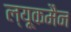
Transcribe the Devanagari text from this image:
ल्यूकमैन